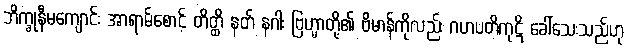
ဘိက္ခုနီမကျောင်း အာရာမ်စောင့် တိတ္ထိ နတ် နဂါး ဗြဟ္မာတို့၏ ဗိမာန်ကိုလည်း ဂဟပတိကုဋိ ခေါ်သေးသည်ဟု